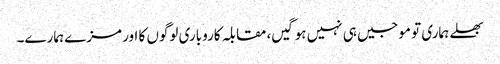
بھلے ہماری تو موجیں ہی نہیں ہوگیں، مقابلہ کاروباری لوگوں کا اور مزے ہمارے۔